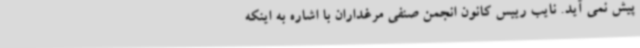
پیش نمی آید. نایب رییس کانون انجمن صنفی مرغداران با اشاره به اینکه